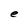
Character: e